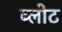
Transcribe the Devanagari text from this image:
ब्लोट